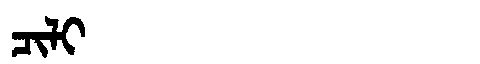
Manchu: ᠴᡳᠯᡳ
Romanization: CILI